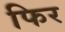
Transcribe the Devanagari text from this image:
फिर